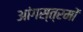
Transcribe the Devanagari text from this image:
आंगस्त्रमों